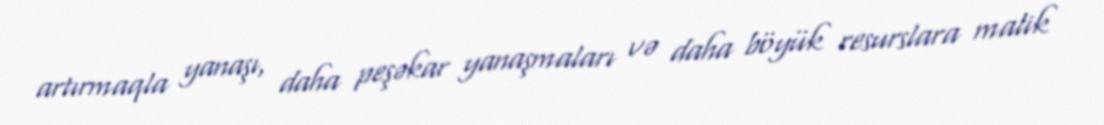
artırmaqla yanaşı, daha peşəkar yanaşmaları və daha böyük resurslara malik